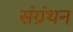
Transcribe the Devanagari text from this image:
संग्रंथन